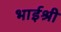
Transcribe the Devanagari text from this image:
भाईश्री